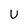
Character: U